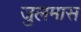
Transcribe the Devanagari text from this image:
जुलमास